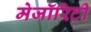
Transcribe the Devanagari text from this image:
मेजॉरिटी